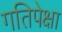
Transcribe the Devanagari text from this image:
गतिपेक्षा